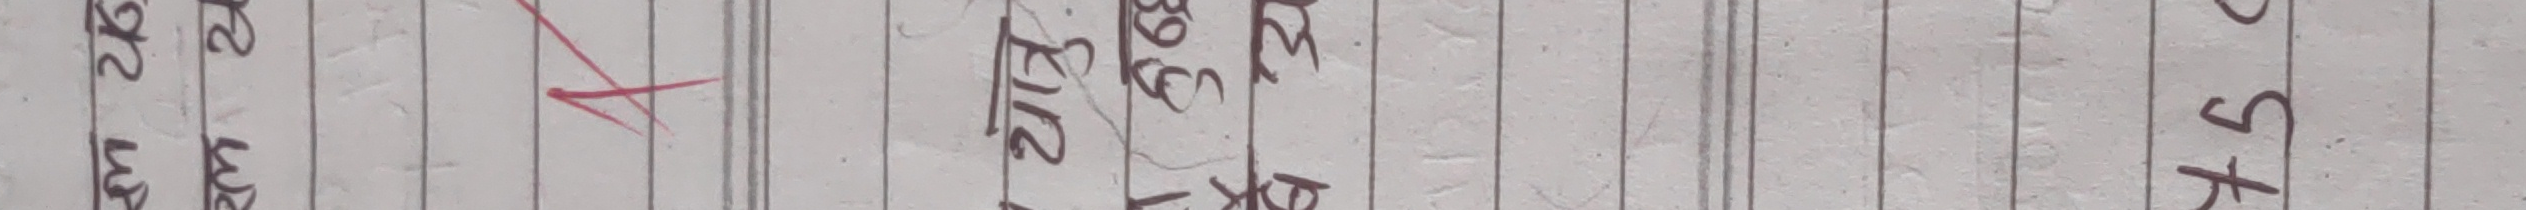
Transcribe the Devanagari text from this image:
अ.26 लाख
1238912
फिट 5 लाख